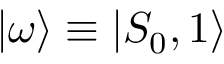
| \omega \rangle \equiv | S _ { 0 } , 1 \rangle